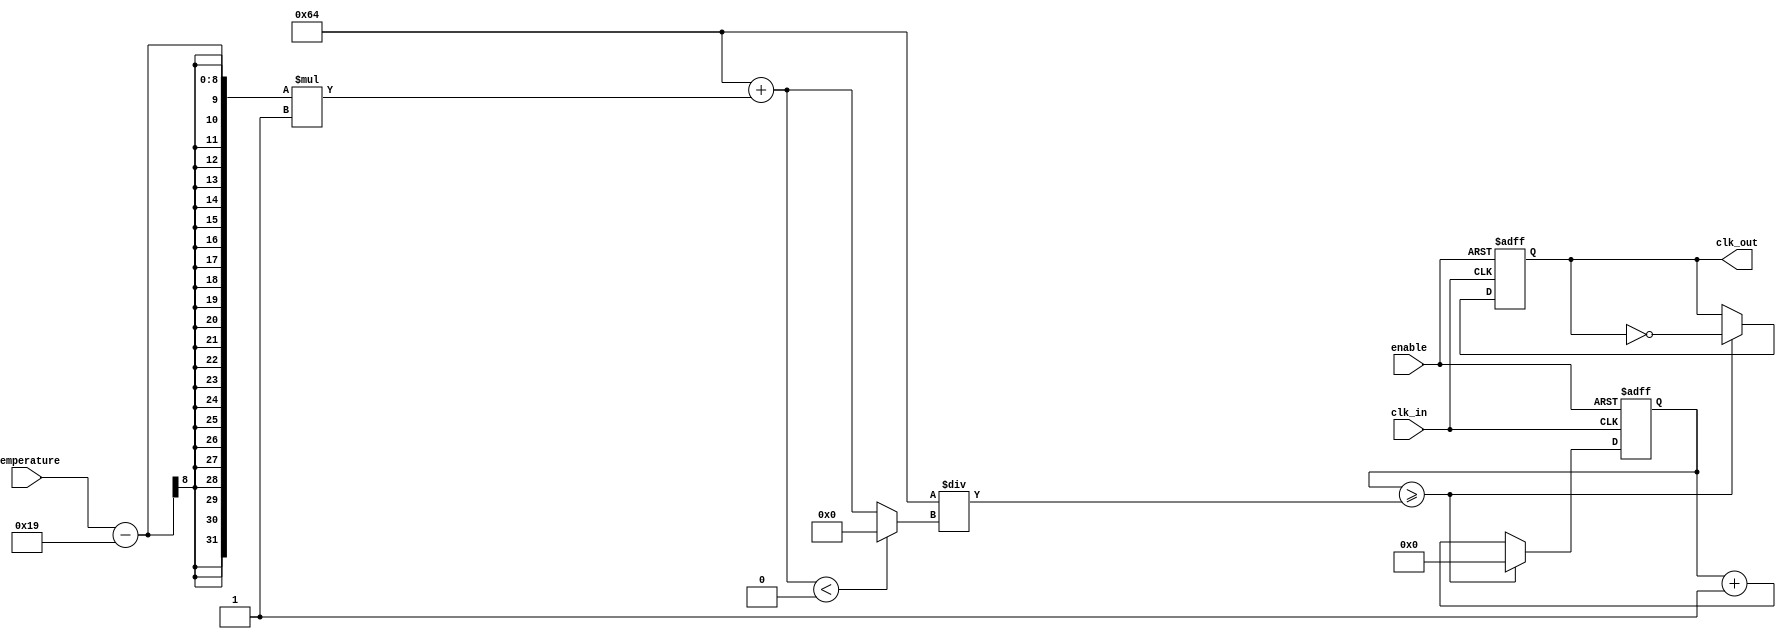
module TempCompClockBuffer (
    input wire clk_in,              // Input clock from a high-frequency oscillator
    input wire [7:0] temperature,   // Temperature input (digital representation)
    input wire enable,              // Enable signal for the clock buffer
    output wire clk_out             // Compensated clock output
);

    // Parameters for compensation logic (example values)
    parameter BASE_FREQ = 100;      // Base frequency in MHz
    parameter TEMP_COEFF = 1;        // Temperature coefficient for adjustment

    // Internal signals
    reg [7:0] adjusted_freq;         // Adjusted frequency based on temperature
    reg clk_buffer;                  // Buffered clock signal
    reg [31:0] counter;              // Counter for generating clock output

    // Compensation Logic
    always @(*) begin
        // Simple linear compensation based on temperature
        adjusted_freq = BASE_FREQ + (temperature - 8'd25) * TEMP_COEFF; // Example compensation
        if (adjusted_freq < 0) adjusted_freq = 0; // Prevent negative frequency
    end

    // Clock Generation with Buffering
    always @(posedge clk_in or negedge enable) begin
        if (!enable) begin
            clk_buffer <= 0; // Disable output clock when not enabled
            counter <= 0;    // Reset counter
        end else begin
            // Generate clock output based on adjusted frequency
            counter <= counter + 1;
            if (counter >= (100 / adjusted_freq)) begin
                clk_buffer <= ~clk_buffer; // Toggle clock buffer
                counter <= 0;              // Reset counter
            end
        end
    end

    // Assign the buffered clock to output
    assign clk_out = clk_buffer;

endmodule